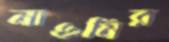
নাওমির